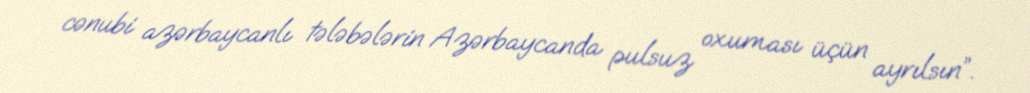
cənubi azərbaycanlı tələbələrin Azərbaycanda pulsuz oxuması üçün ayrılsın”.